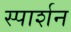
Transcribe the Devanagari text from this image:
स्पार्शन